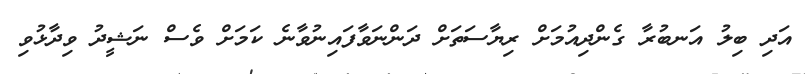
އަދި ބިލު އަނބުރާ ގެންދިއުމަށް ރިޔާސަތަށް ދަންނަވާފައިނުވާނެ ކަމަށް ވެސް ނަޝީދު ވިދާޅުވި